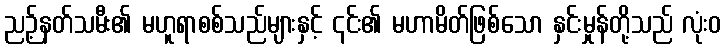
ညဉ့်နတ်သမီး၏ မဟူရာစစ်သည်များနှင့် ၎င်း၏ မဟာမိတ်ဖြစ်သော နှင်းမှုန်တို့သည် လုံးဝ